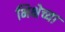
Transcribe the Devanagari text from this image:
भिक्षेच्या